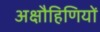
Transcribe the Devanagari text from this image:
अक्षौहिणियों